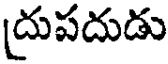
[దుపదుడు